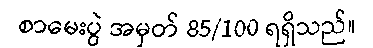
စာမေးပွဲ အမှတ် 85/100 ရရှိသည်။